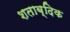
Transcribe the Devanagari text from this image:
शताब्दिक